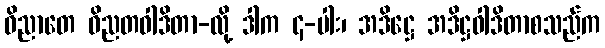
ဝိညာတေ ဝိညတဝါဒိတာ-လို့ ဒါက ၄-ပါး၊ အဒိဋ္ဌေ အဒိဋ္ဌဝါဒိတာစသည်က